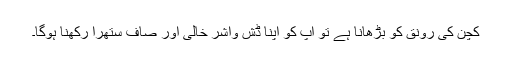
کچن کی رونق کو بڑھانا ہے تو آپ کو اپنا ڈش واشر خالی اور صاف ستھرا رکھنا ہوگا۔